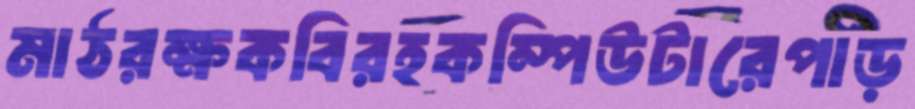
মাঠরক্ষকবিরহকম্পিউটারেপাড়